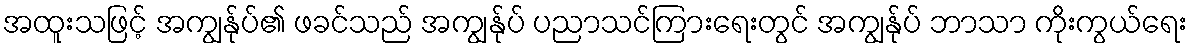
အထူးသဖြင့် အကျွန်ုပ်၏ ဖခင်သည် အကျွန်ုပ် ပညာသင်ကြားရေးတွင် အကျွန်ုပ် ဘာသာ ကိုးကွယ်ရေး